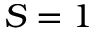
S = 1